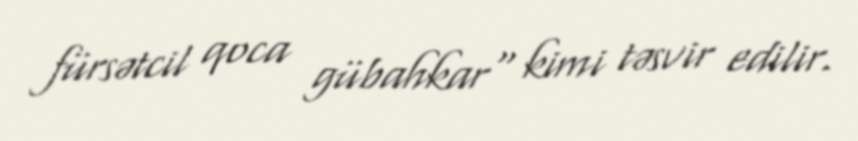
fürsətcil qoca gübahkar" kimi təsvir edilir.